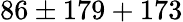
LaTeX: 86\pm 179+173